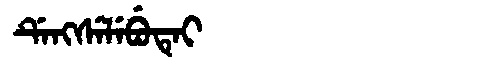
Manchu: ᡩᡝᠩᠰᡝᠯᡝᠪᡠᡨᡝᡳ
Romanization: DENGSELEBUTEI